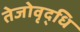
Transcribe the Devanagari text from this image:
तेजोवृद्धि